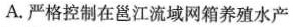
A.严格控制在邕江流域网箱养殖水产